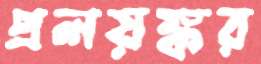
প্রলয়ঙ্কর